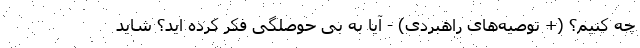
چه کنیم؟ (+ توصیه‌های راهبردی) - آیا به بی حوصلگی فکر کرده اید؟ شاید